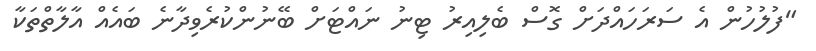
"ފުލުހުން އެ ސަރަހައްދަށް ގޮސް ބެލިއިރު ޓިނު ނައްޓަށް ބޭނުންކުރެވިދާނެ ބައެއް އާލާތްތަކާ